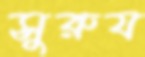
সুরুয